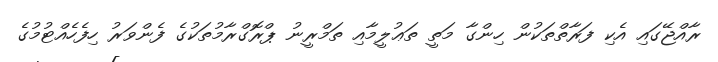
ރާއްޖޭގައި އެކި ފަރާތްތަކުން ހިންގާ މަތީ ތަޢުލީމާއި ތަމްރީނު ޕްރޮގްރާމުތަކުގެ ފެންވަރު ހިފެހެއްޓުމުގެ